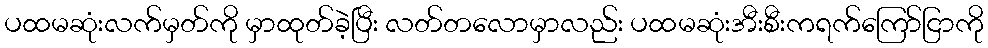
ပထမဆုံးလက်မှတ်ကို မှာထုတ်ခဲ့ပြီး လတ်တလောမှာလည်း ပထမဆုံးအီးစီးကရက်ကြော်ငြာကို